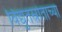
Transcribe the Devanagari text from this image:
विद्युतस्रोताच्या